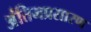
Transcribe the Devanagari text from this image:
अंतिमप्रसारण